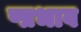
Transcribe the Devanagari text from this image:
ष्प्रभाव